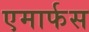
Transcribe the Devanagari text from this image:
एमार्फस